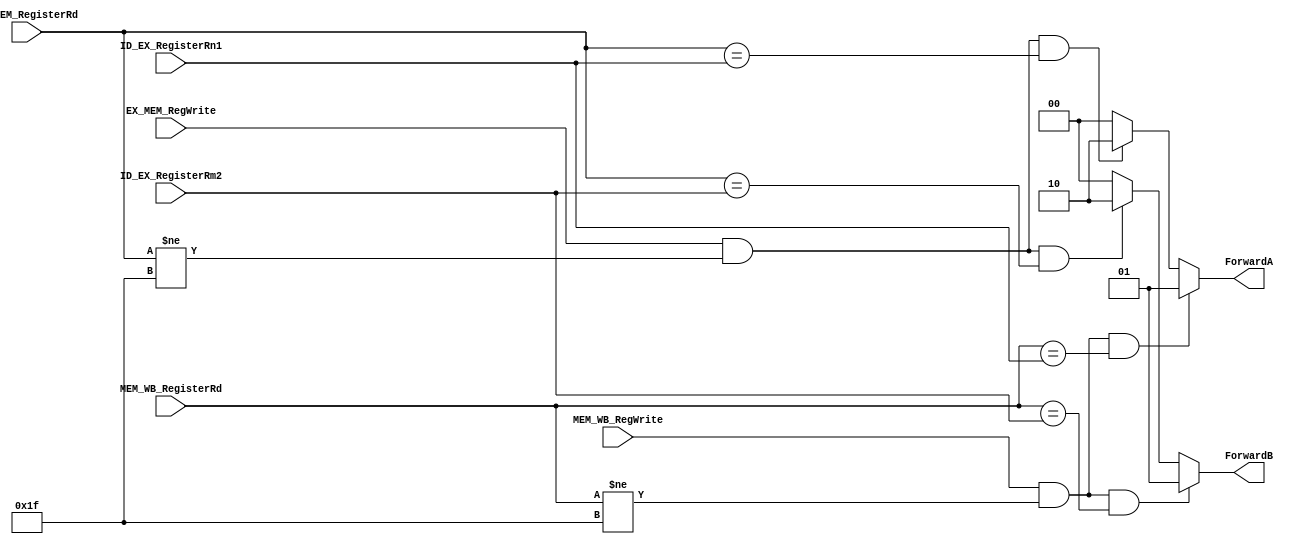
`timescale 1ns / 1ps
//////////////////////////////////////////////////////////////////////////////////
// Company: 
// Engineer: 
// 
// Design Name: 
// Module Name: forwarding_unit
// Project Name: 
// Target Devices: 
// Tool Versions: 
// Description: 
// 
// Dependencies: 
// 
// Revision:
// Revision 0.01 - File Created
// Additional Comments:
// 
//////////////////////////////////////////////////////////////////////////////////
/*
ALU instruction (which comes from the Rd
field of the instruction) or a load (which comes from the Rt field, but we'll use the
notation Rd in this section)

ID_EX_RegisterRn1 ==> SOURCE 1
ID_EX_RegisterRm2 ==> SOURCE 2 
*/

module forwarding_unit(EX_MEM_RegWrite, EX_MEM_RegisterRd, MEM_WB_RegWrite, MEM_WB_RegisterRd,
    ID_EX_RegisterRn1, ID_EX_RegisterRm2, ForwardA, ForwardB);
    
input EX_MEM_RegWrite, MEM_WB_RegWrite;
input [4:0] EX_MEM_RegisterRd, MEM_WB_RegisterRd; 
input [4:0] ID_EX_RegisterRn1, ID_EX_RegisterRm2;

reg EX_HAZARD_Rn1;
reg EX_HAZARD_Rm2;

reg MEM_HAZARD_Rn1;
reg MEM_HAZARD_Rm2;

output reg [1:0] ForwardA, ForwardB;
always@(*)
begin
ForwardA <= 2'b00; //The first ALU operand comes from the register file
ForwardB <= 2'b00; //The second ALU operand comes from the register file


//EX HAZARD
//  If RF Writing,      Check it is not base Reg     Compare EX Desitnation and EX Source 1/2 Register and Forward if True
if (EX_MEM_RegWrite && (EX_MEM_RegisterRd != 31) && (EX_MEM_RegisterRd == ID_EX_RegisterRn1)) ForwardA <= 2'b10; //The first ALU operand is forwarded from the prior ALU result.
if (EX_MEM_RegWrite && (EX_MEM_RegisterRd != 31) && (EX_MEM_RegisterRd == ID_EX_RegisterRm2)) ForwardB <= 2'b10; //The second ALU operand is forwarded from the prior ALU result

EX_HAZARD_Rn1 <= (EX_MEM_RegWrite && (EX_MEM_RegisterRd != 31) && (EX_MEM_RegisterRd == ID_EX_RegisterRn1));
EX_HAZARD_Rm2 <= (EX_MEM_RegWrite && (EX_MEM_RegisterRd != 31) && (EX_MEM_RegisterRd == ID_EX_RegisterRm2));

//MEM HAZARD
//Check if RF Write and Desitionation Register is not base
if (MEM_WB_RegWrite && (MEM_WB_RegisterRd != 31) 
//&&  !(EX_MEM_RegWrite && (EX_MEM_RegisterRd != 31) && (EX_MEM_RegisterRd != ID_EX_RegisterRn1))
//IF Write Back Register Destination is equal to EX Source Register 1/2
&&  (MEM_WB_RegisterRd == ID_EX_RegisterRn1)) ForwardA <= 2'b01; //The first ALU operand is forwarded from data memory or an earlier ALU result.


if (MEM_WB_RegWrite && (MEM_WB_RegisterRd != 31) 
//&&  !(EX_MEM_RegWrite && (EX_MEM_RegisterRd != 31) && (EX_MEM_RegisterRd != ID_EX_RegisterRm2))
&&  (MEM_WB_RegisterRd == ID_EX_RegisterRm2)) ForwardB <= 2'b01; //The second ALU operand is forwarded from data memory or an earlier ALU result.

MEM_HAZARD_Rn1 <= (MEM_WB_RegWrite && (MEM_WB_RegisterRd != 31) && !(EX_MEM_RegWrite && (EX_MEM_RegisterRd != 31) && (EX_MEM_RegisterRd != ID_EX_RegisterRn1)) && (MEM_WB_RegisterRd == ID_EX_RegisterRn1));
MEM_HAZARD_Rm2 <= (MEM_WB_RegWrite && (MEM_WB_RegisterRd != 31) && !(EX_MEM_RegWrite && (EX_MEM_RegisterRd != 31) && (EX_MEM_RegisterRd != ID_EX_RegisterRn1)) && (MEM_WB_RegisterRd == ID_EX_RegisterRn1));

end
endmodule